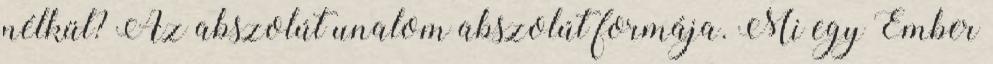
nélkül? Az abszolút unalom abszolút formája. Mi egy Ember